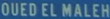
OUED EL MALEH